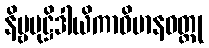
နိမ္ဗမုဋ္ဌိဒါယိကာဝိမာနဝတ္ထု